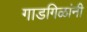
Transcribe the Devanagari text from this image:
गाडगिळांनी